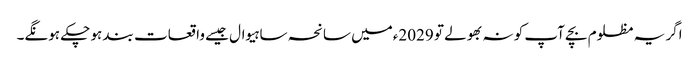
اگر یہ مظلوم بچے آپ کو نہ بھولے تو 2029ءمیں سانحہ ساہیوال جیسے واقعات بند ہو چکے ہونگے۔